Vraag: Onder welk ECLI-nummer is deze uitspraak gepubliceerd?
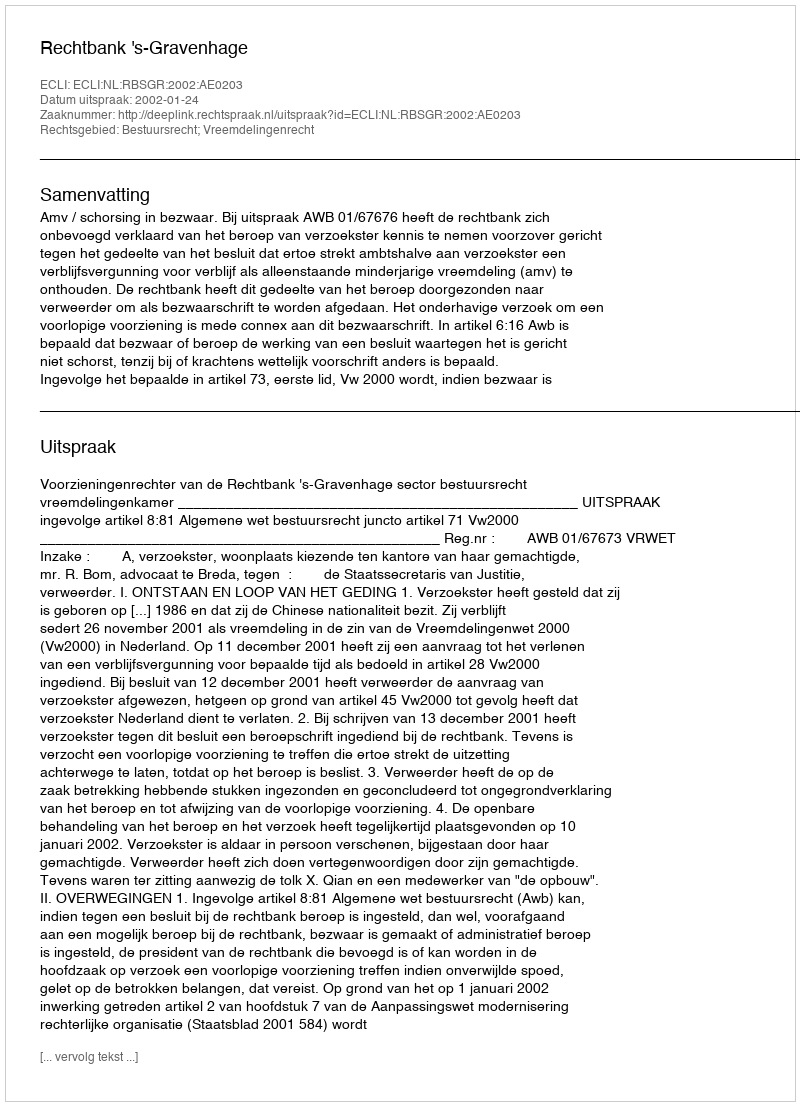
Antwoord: ECLI:NL:RBSGR:2002:AE0203